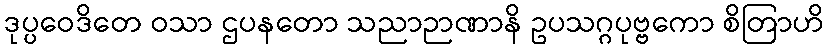
ဒုပ္ပဝေဒိတေ ဝသာ ဌပနတော သညာဉာဏာနိ ဥပသဂ္ဂပုဗ္ဗကော စိတြာဟိ